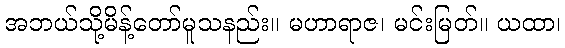
အဘယ်သို့မိန့်တော်မူသနည်း။ မဟာရာဇ၊ မင်းမြတ်။ ယထာ၊